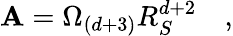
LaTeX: {\cal\mathbf{A}}=\Omega_{(d+3)}R_{S}^{d+2}\quad,